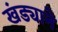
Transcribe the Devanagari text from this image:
खंड्याने